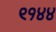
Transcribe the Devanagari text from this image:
९१४४